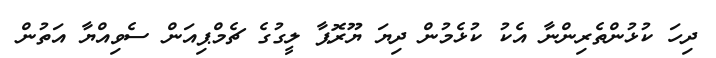
ދިހަ ކުޅުންތެރިންނާ އެކު ކުޅެމުން ދިޔަ ޔޫރޮޕާ ލީގުގެ ޗެމްޕިއަން ސެވިއްޔާ އަތުން